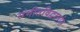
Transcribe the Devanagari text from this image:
संगीतविद्वानांत